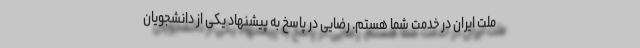
ملت ایران در خدمت شما هستم. رضایی در پاسخ به پیشنهاد یکی از دانشجویان